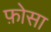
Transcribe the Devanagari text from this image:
फ़ोसा